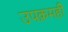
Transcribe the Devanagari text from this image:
उपक्रमहीे